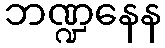
ဘဏ္ဍနေန